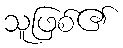
သူဖြစ်၏